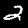
Digit: 2